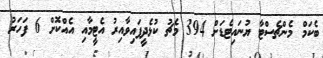
ބެކަމް މެންޗެސްޓާ ޔުނައިޓެޑަށް 394 މެޗު ކުޅެދީފައިވާއިރު އެޓީމާއި އެއްކޮށް 6 ފަހަރު